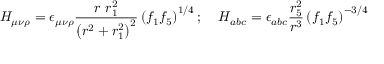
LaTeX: H _ { \mu \nu \rho } = \epsilon _ { \mu \nu \rho } \frac { r ~ r _ { 1 } ^ { 2 } } { \left( r ^ { 2 } + r _ { 1 } ^ { 2 } \right) ^ { 2 } } \left( f _ { 1 } f _ { 5 } \right) ^ { 1 / 4 } ; \; \; \; \; H _ { a b c } = \epsilon _ { a b c } \frac { r _ { 5 } ^ { 2 } } { r ^ { 3 } } \left( f _ { 1 } f _ { 5 } \right) ^ { - 3 / 4 }